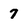
Character: 7